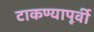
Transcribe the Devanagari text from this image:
टाकण्यापूर्वी